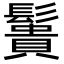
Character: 䰎